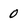
Character: 0